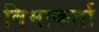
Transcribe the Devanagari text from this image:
बिमाकर्ता